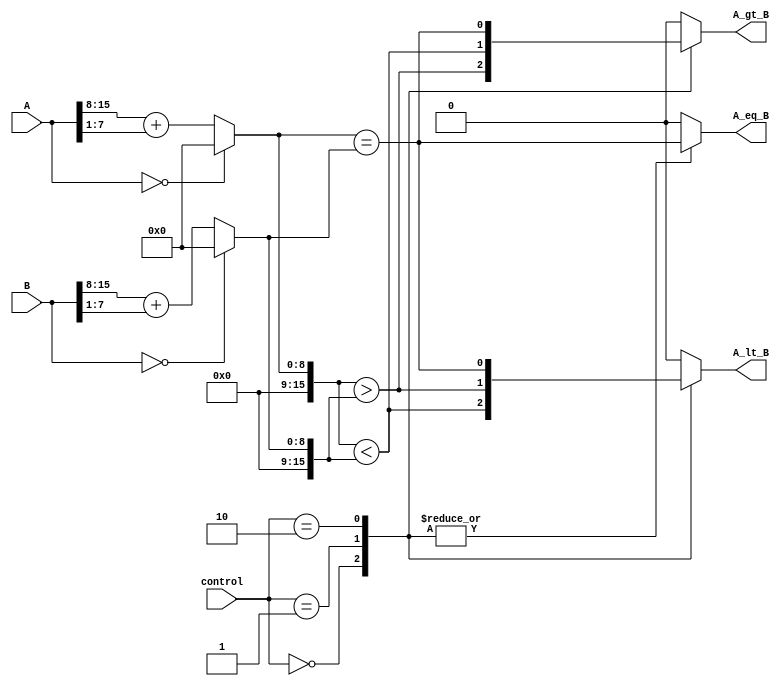
module logarithmic_comparator (
    input [15:0] A,            // Input A
    input [15:0] B,            // Input B
    input [1:0] control,       // Control signal for comparison mode
    output reg A_gt_B,         // A > B signal
    output reg A_lt_B,         // A < B signal
    output reg A_eq_B          // A = B signal
);

    // Logarithmic conversion function (simple approximation)
    // Here we use a simple lookup table for demonstration purposes
    // In practice, this could be a more complex function or algorithm
    function [15:0] log_conversion;
        input [15:0] x;
        begin
            // Simple approximation: log2(x) = log2(1 + x) = x
            // Replace this with an actual logarithmic conversion logic
            log_conversion = (x == 0) ? 0 : (x[15:8] + (x[7:0] >> 1)); // Example approximation
        end
    endfunction

    // Internal signals for logarithmic values
    wire [15:0] log_A;
    wire [15:0] log_B;

    // Perform logarithmic conversion
    assign log_A = log_conversion(A);
    assign log_B = log_conversion(B);

    // Comparator logic
    always @(*) begin
        case (control)
            2'b00: begin // Greater than comparison
                A_gt_B = (log_A > log_B);
                A_lt_B = (log_A < log_B);
                A_eq_B = (log_A == log_B);
            end
            2'b01: begin // Less than comparison
                A_gt_B = (log_A < log_B);
                A_lt_B = (log_A > log_B);
                A_eq_B = (log_A == log_B);
            end
            2'b10: begin // Equal comparison
                A_gt_B = (log_A == log_B);
                A_lt_B = (log_A == log_B);
                A_eq_B = (log_A == log_B);
            end
            default: begin
                A_gt_B = 0;
                A_lt_B = 0;
                A_eq_B = 0;
            end
        endcase
    end

endmodule